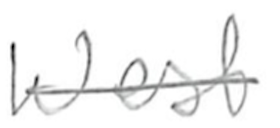
Text: West
Cross-out: single-line
Writing tool: pencil